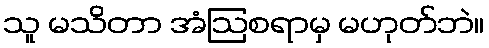
သူ မသိတာ အံဩစရာမှ မဟုတ်ဘဲ။